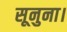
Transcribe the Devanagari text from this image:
सूनुना।